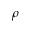
\rho